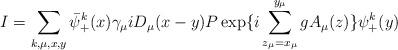
LaTeX: \begin{align*}I = \sum_{k, \mu,x,y} \bar{ \psi}_+^k(x)\gamma_{\mu}iD_{\mu}(x-y)P \exp \{i \sum_{z_{\mu}=x_{\mu}}^{y_{\mu}}gA_{\mu}(z) \} \psi_+^k(y) \end{align*}